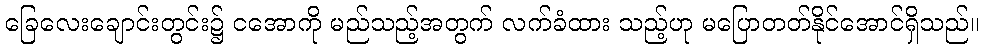
ခြေလေးချောင်းတွင်း၌ ငအောကို မည်သည့်အတွက် လက်ခံထား သည့်ဟု မပြောတတ်နိုင်အောင်ရှိသည်။